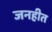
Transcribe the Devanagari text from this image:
जनहीत